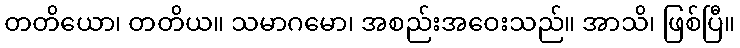
တတိယော၊ တတိယ။ သမာဂမော၊ အစည်းအဝေးသည်။ အာသိ၊ ဖြစ်ပြီ။